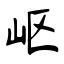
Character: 岖